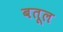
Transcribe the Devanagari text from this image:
बतूल